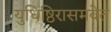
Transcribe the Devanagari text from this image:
युधिष्ठिरासमवेत